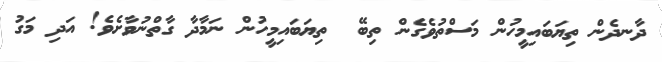
ދާނދެން ތިޔަބައިމީހުން މަސްތުވެގެން ތިބޭ  ތިޔަބައިމީހުން ނަމާދާ ގާތްނުވާށެވެ! އަދި މަގު